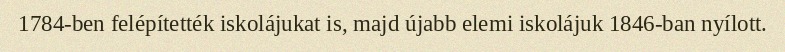
1784-ben felépítették iskolájukat is, majd újabb elemi iskolájuk 1846-ban nyílott.